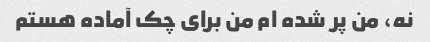
نه، من پر شده ام من برای چک آماده هستم